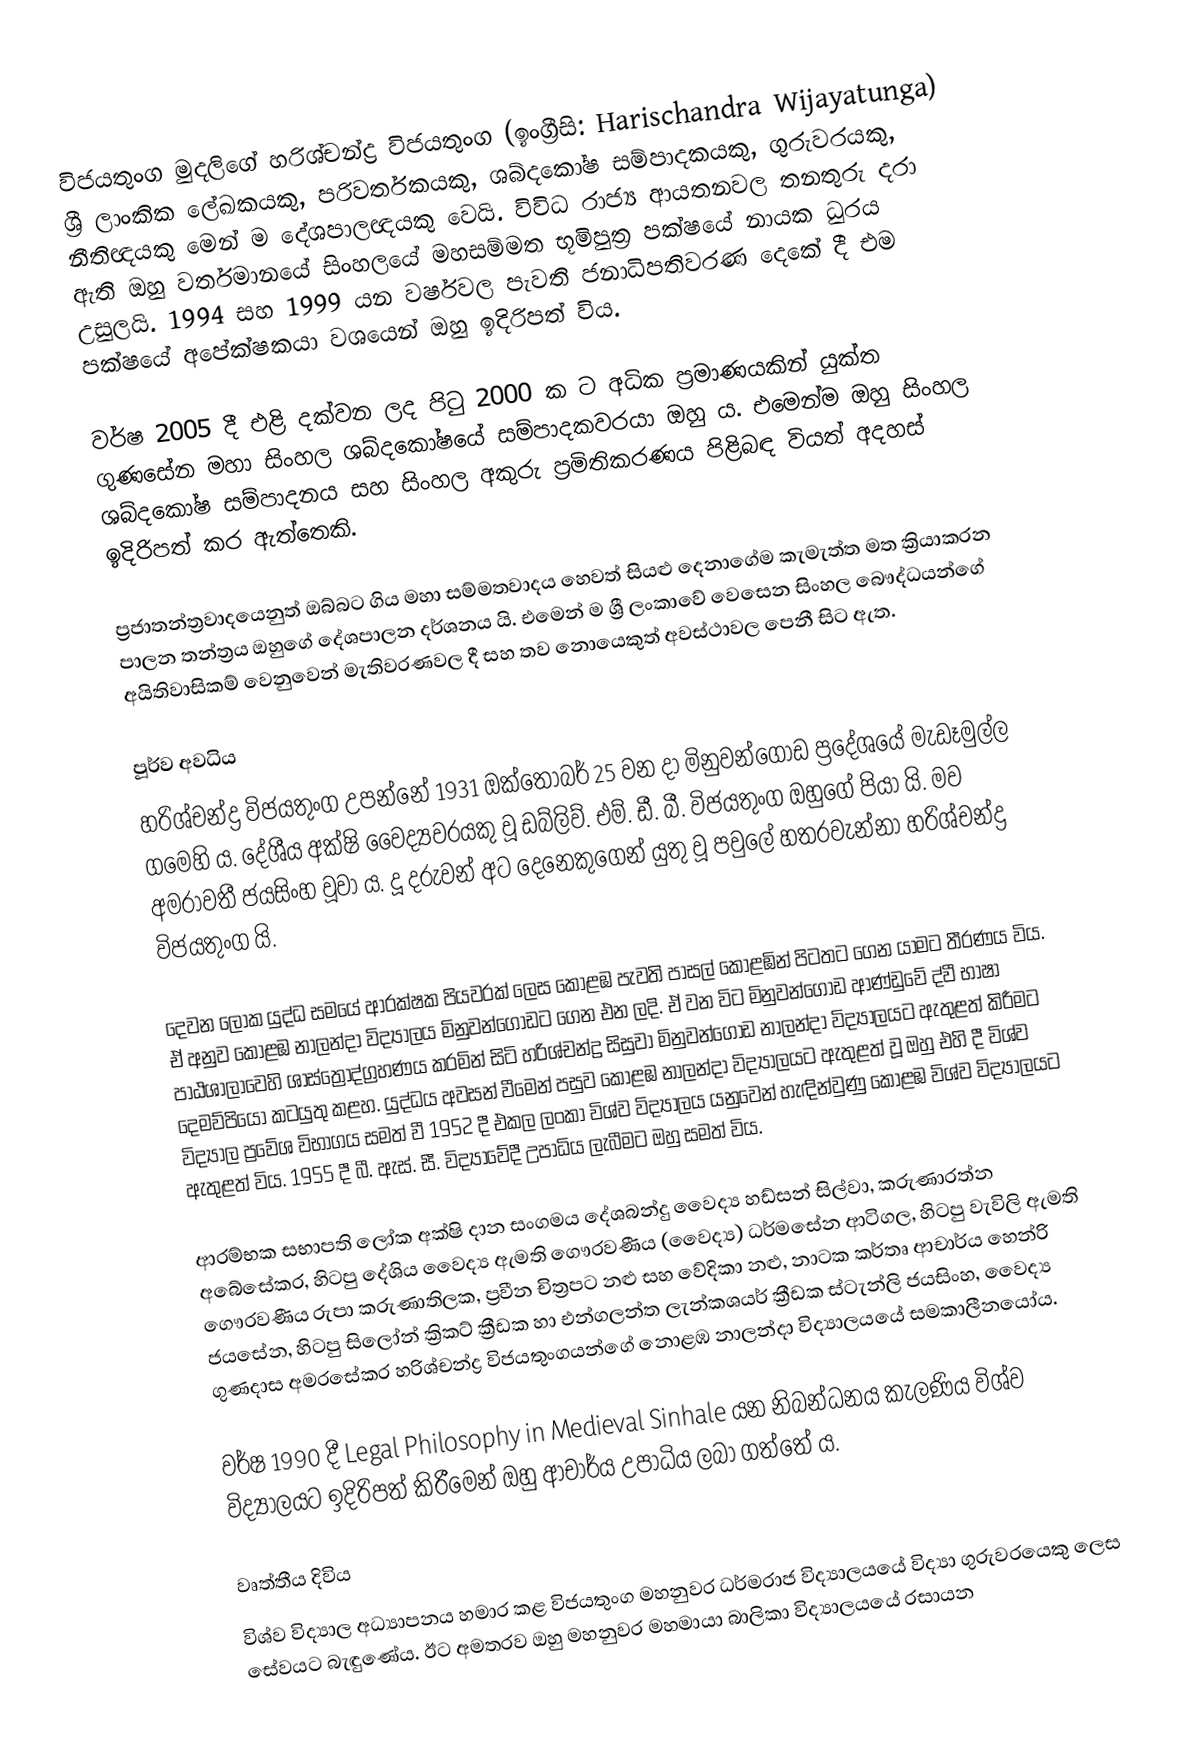
විජයතුංග මුදලිගේ හරිශ්චන්ද්‍ර විජයතුංග (ඉංග්‍රීසි: Harischandra Wijayatunga) ශ්‍රී ලාංකික ලේඛකයකු, පරිවර්තකයකු, ශබ්දකෝෂ සම්පාදකයකු, ගුරුවරයකු, නීතිඥයකු මෙන් ම දේශපාලඥයකු වෙයි. විවිධ රාජ්‍ය ආයතනවල තනතුරු දරා ඇති ඔහු වර්තමානයේ සිංහලයේ මහසම්මත භූමිපුත්‍ර පක්ෂයේ නායක ධුරය උසුලයි. 1994 සහ 1999 යන වර්ෂවල පැවති ජනාධිපතිවරණ දෙකේ දී එම පක්ෂයේ අපේක්ෂකයා වශයෙන් ඔහු ඉදිරිපත් විය.

වර්ෂ 2005 දී එළි දක්වන ලද පිටු 2000 ක ට අධික ප්‍රමාණයකින් යුක්ත ගුණසේන මහා සිංහල ශබ්දකෝෂයේ සම්පාදකවරයා ඔහු ය. එමෙන්ම ඔහු සිංහල ශබ්දකෝෂ සම්පාදනය සහ සිංහල අකුරු ප්‍රමිතිකරණය පිළිබඳ වියත් අදහස් ඉදිරිපත් කර ඇත්තෙකි.

ප්‍රජාතන්ත්‍රවාදයෙනුත් ඔබ්බට ගිය මහා සම්මතවාදය හෙවත් සියළු දෙනාගේම කැමැත්ත මත ක්‍රියාකරන පාලන තන්ත්‍රය ඔහුගේ දේශපාලන දර්ශනය යි. එමෙන් ම ශ්‍රී ලංකාවේ වෙසෙන සිංහල බෞද්ධයන්ගේ අයිතිවාසිකම් වෙනුවෙන් මැතිවරණවල දී සහ තව නොයෙකුත් අවස්ථාවල පෙනී සිට ඇත.

පූර්ව අවධිය
හරිශ්චන්ද්‍ර විජයතුංග උපන්නේ 1931 ඔක්තෝබර් 25 වන දා මිනුවන්ගොඩ ප්‍රදේශයේ මැඩෑමුල්ල ගමෙහි ය. දේශීය අක්ෂි වෛද්‍යවරයකු වූ ඩබ්ලිව්. එම්. ඩී. බී. විජයතුංග ඔහුගේ පියා යි. මව අමරාවතී ජයසිංහ වූවා ය. දූ දරුවන් අට දෙනෙකුගෙන් යුතු වූ පවුලේ හතරවැන්නා හරිශ්චන්ද්‍ර විජයතුංග යි.

දෙවන ලෝක යුද්ධ සමයේ ආරක්ෂක පියවරක් ලෙස කොළඹ පැවති පාසල් කොළඹින් පිටතට ගෙන යාමට තීරණය විය. ඒ අනුව කොළඹ නාලන්දා විද්‍යාලය මිනුවන්ගොඩට ගෙන එන ලදි. ඒ වන විට මිනුවන්ගොඩ ආණ්ඩුවේ ද්වී භාෂා පාඨශාලාවෙහි ශාස්ත්‍රෝද්ග්‍රහණය කරමින් සිටි හරිශ්චන්ද්‍ර සිසුවා මිනුවන්ගොඩ නාලන්දා විද්‍යාලයට ඇතුළත් කිරීමට දෙමව්පියෝ කටයුතු කළහ. යුද්ධය අවසන් වීමෙන් පසුව කොළඹ නාලන්දා විද්‍යාලයට ඇතුළත් වූ ඔහු එහි දී විශ්ව විද්‍යාල ප්‍රවේශ විභාගය සමත් වී 1952 දී එකල ලංකා විශ්ව විද්‍යාලය යනුවෙන් හැඳින්වුණු කොළඹ විශ්ව විද්‍යාලයට ඇතුළත් විය. 1955 දී බී. ඇස්. සී. විද්‍යාවේදී උපාධිය ලැබීමට ඔහු සමත් විය.

ආරම්භක සභාපති ලෝක අක්ෂි දාන සංගමය දේශබන්දු වෛද්‍ය හඩ්සන් සිල්වා, කරුණාරත්න අබේසේකර, හිටපු දේශිය වෛද්‍ය ඇමති ගෞරවණීය (වෛද්‍ය) ධර්මසේන ආටිගල, හිටපු වැවිලි ඇමති ගෞරවණීය රුපා කරුණාතිලක, ප්‍රවීන චිත්‍රපට නළු සහ වේදිකා නළු, නාටක කර්තෘ ආචාර්ය හෙන්රි ජයසේන, හිටපු සිලෝන් ක්‍රිකට් ක්‍රීඩක හා එන්ගලන්ත ලැන්කශයර් ක්‍රීඩක ස්ටැන්ලි ජයසිංහ, වෛද්‍ය ගුණදාස අමරසේකර හරිශ්චන්ද්‍ර විජයතුංගයන්ගේ නොළඹ නාලන්දා විද්‍යාලයයේ සමකාලීනයෝය.

වර්ෂ 1990 දී  Legal Philosophy in Medieval Sinhale යන නිබන්ධනය කැලණිය විශ්ව විද්‍යාලයට ඉදිරිපත් කිරීමෙන් ඔහු ආචාර්ය උපාධිය ලබා ගත්තේ ය.

වෘත්තීය දිවිය
විශ්ව විද්‍යාල අධ්‍යාපනය හමාර කළ විජයතුංග මහනුවර ධර්මරාජ විද්‍යාලයයේ විද්‍යා ගුරුවරයෙකු ලෙස සේවයට බැඳුණේය. ඊට අමතරව ඔහු මහනුවර මහමායා බාලිකා විද්‍යාලයයේ රසායන